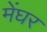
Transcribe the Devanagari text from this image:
मेंघर